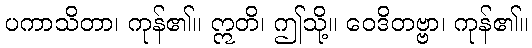
ပကာသိတာ၊ ကုန်၏။ ဣတိ၊ ဤသို့။ ဝေဒိတဗ္ဗာ၊ ကုန်၏။